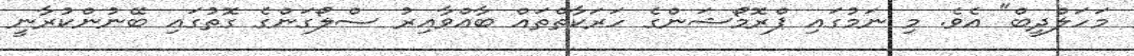
މަހަލްދީބް" އެވެ. މި ނަމުގައި ޕްރޮމޯޝަންގެ ހަރަކާތްތައް ބާއްވާއިރު ސްލޯގަންގެ ގޮތުގައި ބޭނުންކުރާނީ